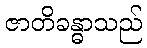
ဇာတိခန္ဓာသည်